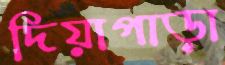
দিয়াপাড়া